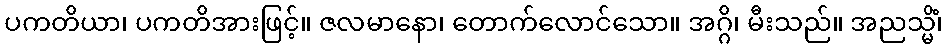
ပကတိယာ၊ ပကတိအားဖြင့်။ ဇလမာနော၊ တောက်လောင်သော။ အဂ္ဂိ၊ မီးသည်။ အညသ္မိံ၊